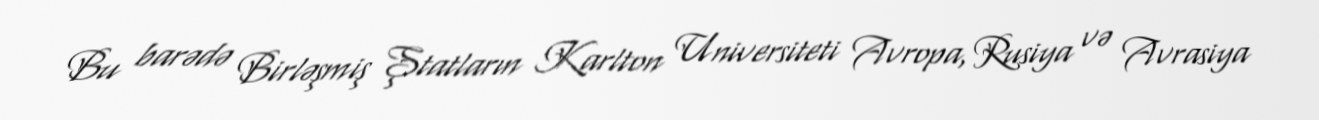
Bu barədə Birləşmiş Ştatların Karlton Universiteti Avropa, Rusiya və Avrasiya